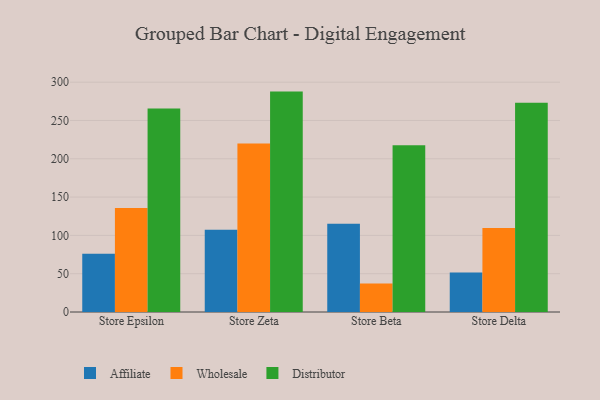
{"axis": {"x": "Store", "y": "Temperature (°C)"}, "legend": ["Affiliate", "Distributor", "Wholesale"], "data": [{"x": "Store Epsilon", "y": 76.1, "type": "Affiliate"}, {"x": "Store Epsilon", "y": 135.9, "type": "Wholesale"}, {"x": "Store Epsilon", "y": 265.5, "type": "Distributor"}, {"x": "Store Zeta", "y": 107.5, "type": "Affiliate"}, {"x": "Store Zeta", "y": 220.0, "type": "Wholesale"}, {"x": "Store Zeta", "y": 287.7, "type": "Distributor"}, {"x": "Store Beta", "y": 115.3, "type": "Affiliate"}, {"x": "Store Beta", "y": 37.3, "type": "Wholesale"}, {"x": "Store Beta", "y": 217.6, "type": "Distributor"}, {"x": "Store Delta", "y": 51.4, "type": "Affiliate"}, {"x": "Store Delta", "y": 109.6, "type": "Wholesale"}, {"x": "Store Delta", "y": 273.2, "type": "Distributor"}]}